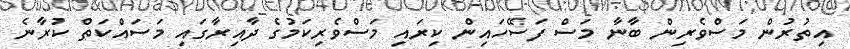
އިތުރުން މަސްވެރިން ބާނާ މަސް ފަސޭހައިން ކިރައި މަސްވެރިކަމުގެ ދާއިރާގައި މަސައްކަތް ކުރާނެ